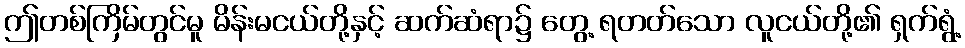
ဤတစ်ကြိမ်တွင်မူ မိန်းမငယ်တို့နှင့် ဆက်ဆံရာ၌ တွေ့ ရတတ်သော လူငယ်တို့၏ ရှက်ရွံ့